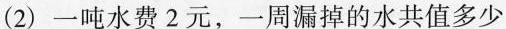
(2)一吨水费2元，一周漏掉的水共值多少